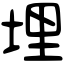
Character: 埋